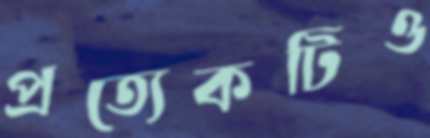
প্রত্যেকটিও